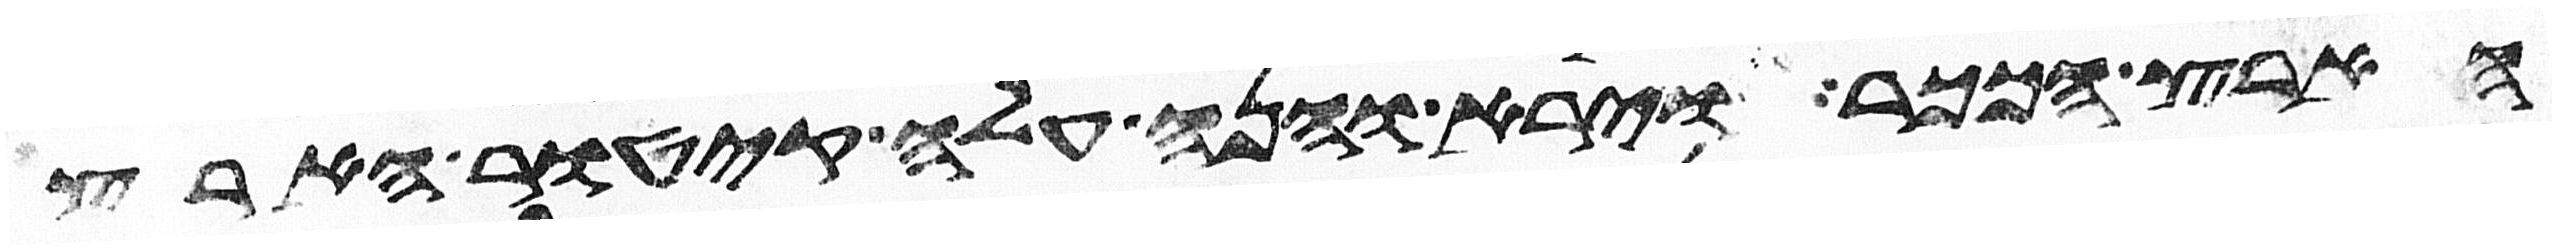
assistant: הארץ הככר וירא והנה עלה קיטור הארץ